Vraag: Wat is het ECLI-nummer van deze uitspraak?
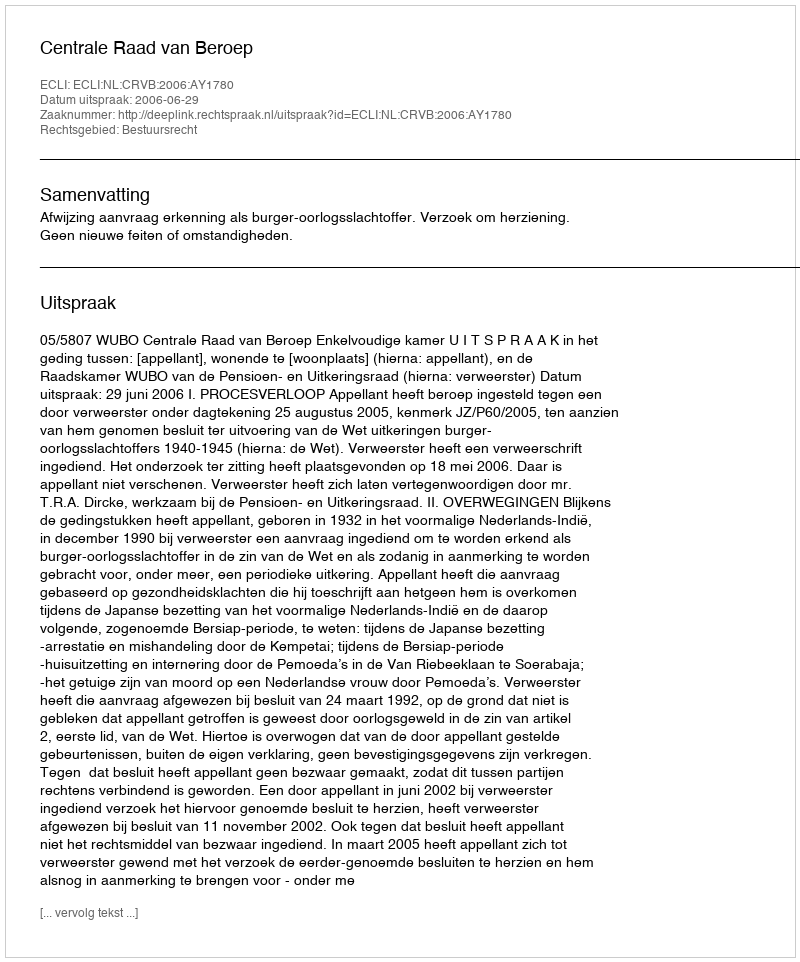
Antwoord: ECLI:NL:CRVB:2006:AY1780